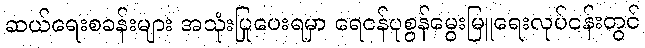
ဆယ်ရေးစခန်းများ အသုံးပြုပေးရမှာ ရေငန်ပုစွန်မွေးမြူရေးလုပ်ငန်းတွင်